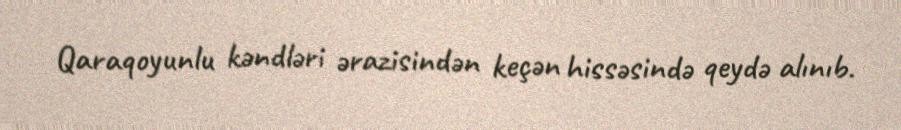
Qaraqoyunlu kəndləri ərazisindən keçən hissəsində qeydə alınıb.